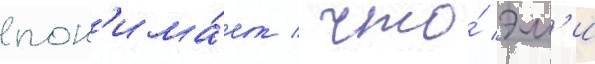
пон'има́ет / что́ эм'и